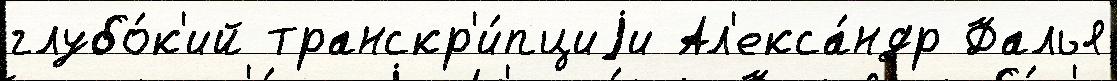
глубо́к'ий транскр'и́пциjи Ал'екса́ндр Фалья